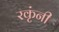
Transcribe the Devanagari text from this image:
रकृंनी